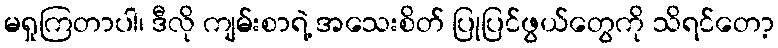
မရှုကြတာပါ၊ ဒီလို ကျမ်းစာရဲ့ အသေးစိတ် ပြုပြင်ဖွယ်တွေကို သိရင်တော့